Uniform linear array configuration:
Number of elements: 8
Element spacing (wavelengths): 0.75
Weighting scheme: kaiser
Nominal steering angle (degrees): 0
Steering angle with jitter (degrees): -0.2986
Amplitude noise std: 0.05
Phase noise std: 0.05

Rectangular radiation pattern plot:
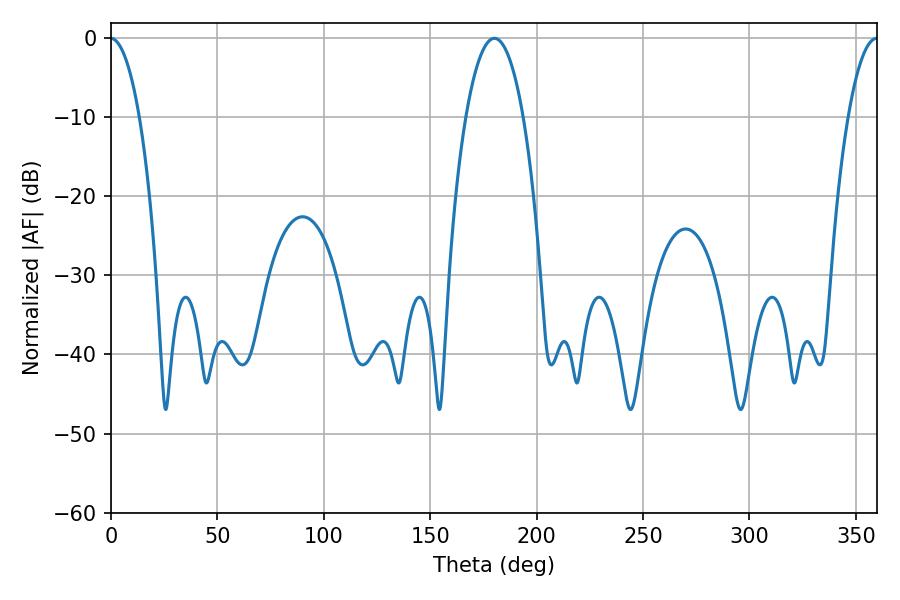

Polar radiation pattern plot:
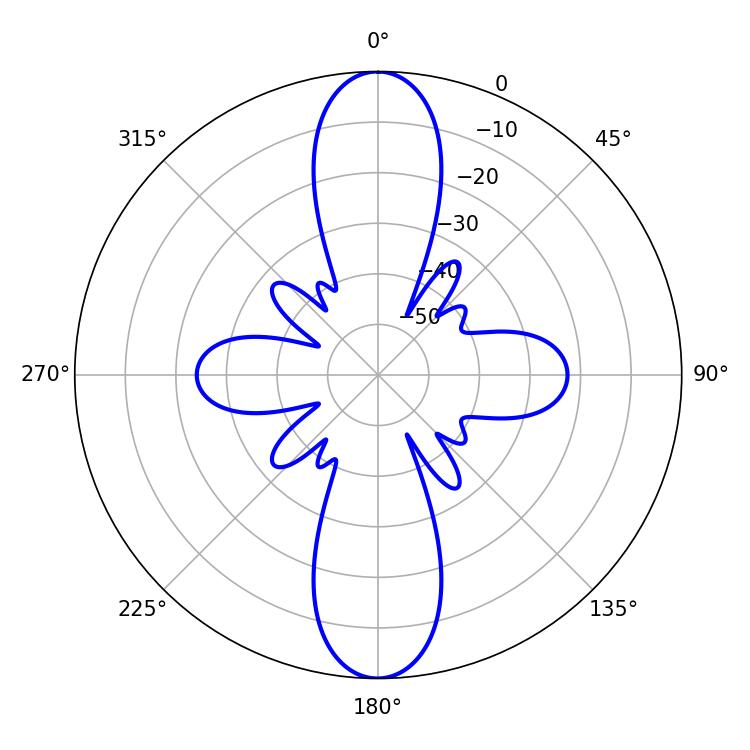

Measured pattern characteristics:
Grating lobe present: TRUE
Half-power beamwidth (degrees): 15.12
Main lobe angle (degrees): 180.18